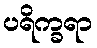
ပရိက္ခရာ